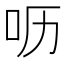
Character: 呖